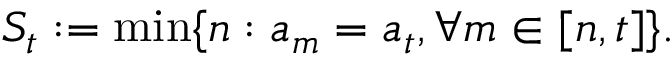
S _ { t } : = \operatorname* { m i n } \{ n : a _ { m } = a _ { t } , \forall m \in [ n , t ] \} .